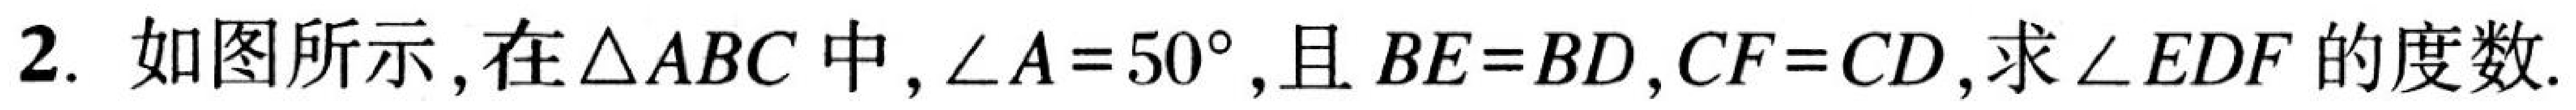
2. 如图所示，在\(\triangle ABC\)中，\(\angle A = 50^{\circ}\)，且\(BE = BD\)，\(CF = CD\)，求\(\angle EDF\)的度数.